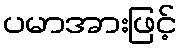
ပမာအားဖြင့်